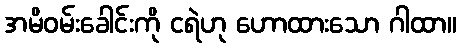
အမိဝမ်းခေါင်းကို ငရဲဟု ဟောထားသော ဂါထာ။